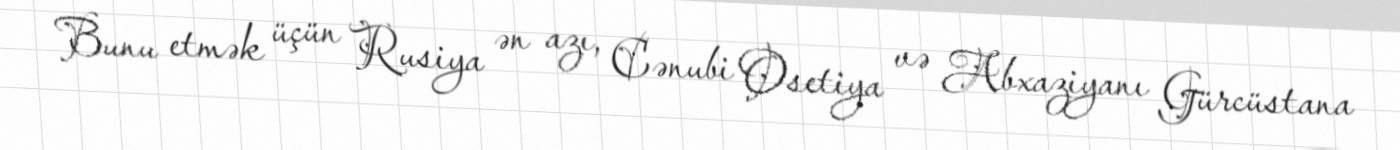
Bunu etmək üçün Rusiya ən azı, Cənubi Osetiya və Abxaziyanı Gürcüstana